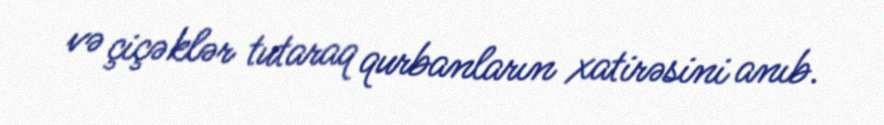
və çiçəklər tutaraq qurbanların xatirəsini anıb.